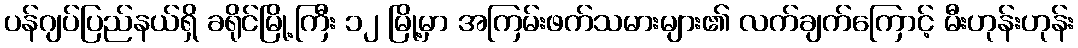
ပန်ဂျပ်ပြည်နယ်ရှိ ခရိုင်မြို့ကြီး ၁၂ မြို့မှာ အကြမ်းဖက်သမားများ၏ လက်ချက်ကြောင့် မီးဟုန်းဟုန်း